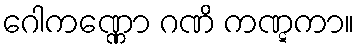
ဂေါကဏ္ဏော ဂဏိ ကဏ္ဋကာ။